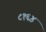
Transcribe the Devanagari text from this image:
८१६४